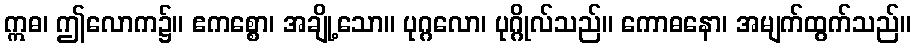
ဣဓ၊ ဤလောက၌။ ဧကစ္စော၊ အချို့သော။ ပုဂ္ဂလော၊ ပုဂ္ဂိုလ်သည်။ ကောဓနော၊ အမျက်ထွက်သည်။